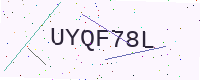
Text: UYQF78L